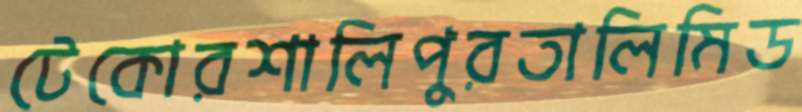
টেকোরশালিপুরতালিমিড